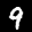
Label: 9